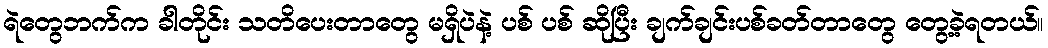
ရဲတွေဘက်က ခါတိုင်း သတိပေးတာတွေ မရှိပဲနဲ့ ပစ် ပစ် ဆိုပြီး ချက်ချင်းပစ်ခတ်တာတွေ တွေ့ခဲ့ရတယ်။